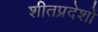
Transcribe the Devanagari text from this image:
शीतप्रदेशों